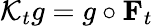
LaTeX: \mathcal{K}_{t}g=g\circ{\mathbf F}_{t}